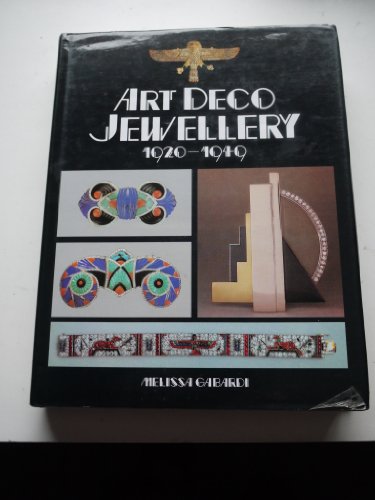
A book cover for Art Deco Jewellery, 1920-1949; Melissa Gabardi; Crafts, Hobbies & Home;